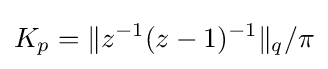
\displaystyle K_{p}=\|z^{-1}(z-1)^{-1}\|_{q}/\pi